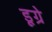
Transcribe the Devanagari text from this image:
डूग्रे